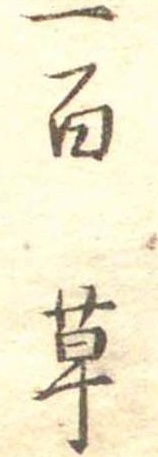
一百草